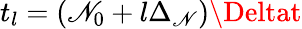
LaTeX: t_{l}=(\mathscr{N}_{0}+l\Delta_{\mathscr{N}})\Deltat